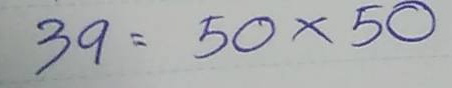
39 = 50 x 50